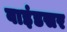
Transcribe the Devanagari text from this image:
वाइंडसर